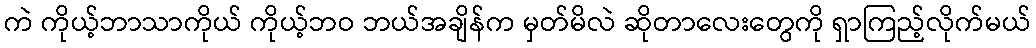
ကဲ ကိုယ့်ဘာသာကိုယ် ကိုယ့်ဘဝ ဘယ်အချိန်က မှတ်မိလဲ ဆိုတာလေးတွေကို ရှာကြည့်လိုက်မယ်